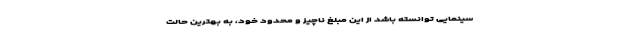
سینمایی توانسته باشد از این مبلغ ناچیز و محدود خود، به بهترین حالت